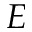
E